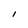
Character: I